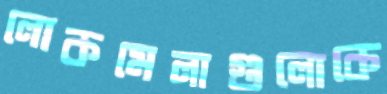
লোকমেলাগুলোকে